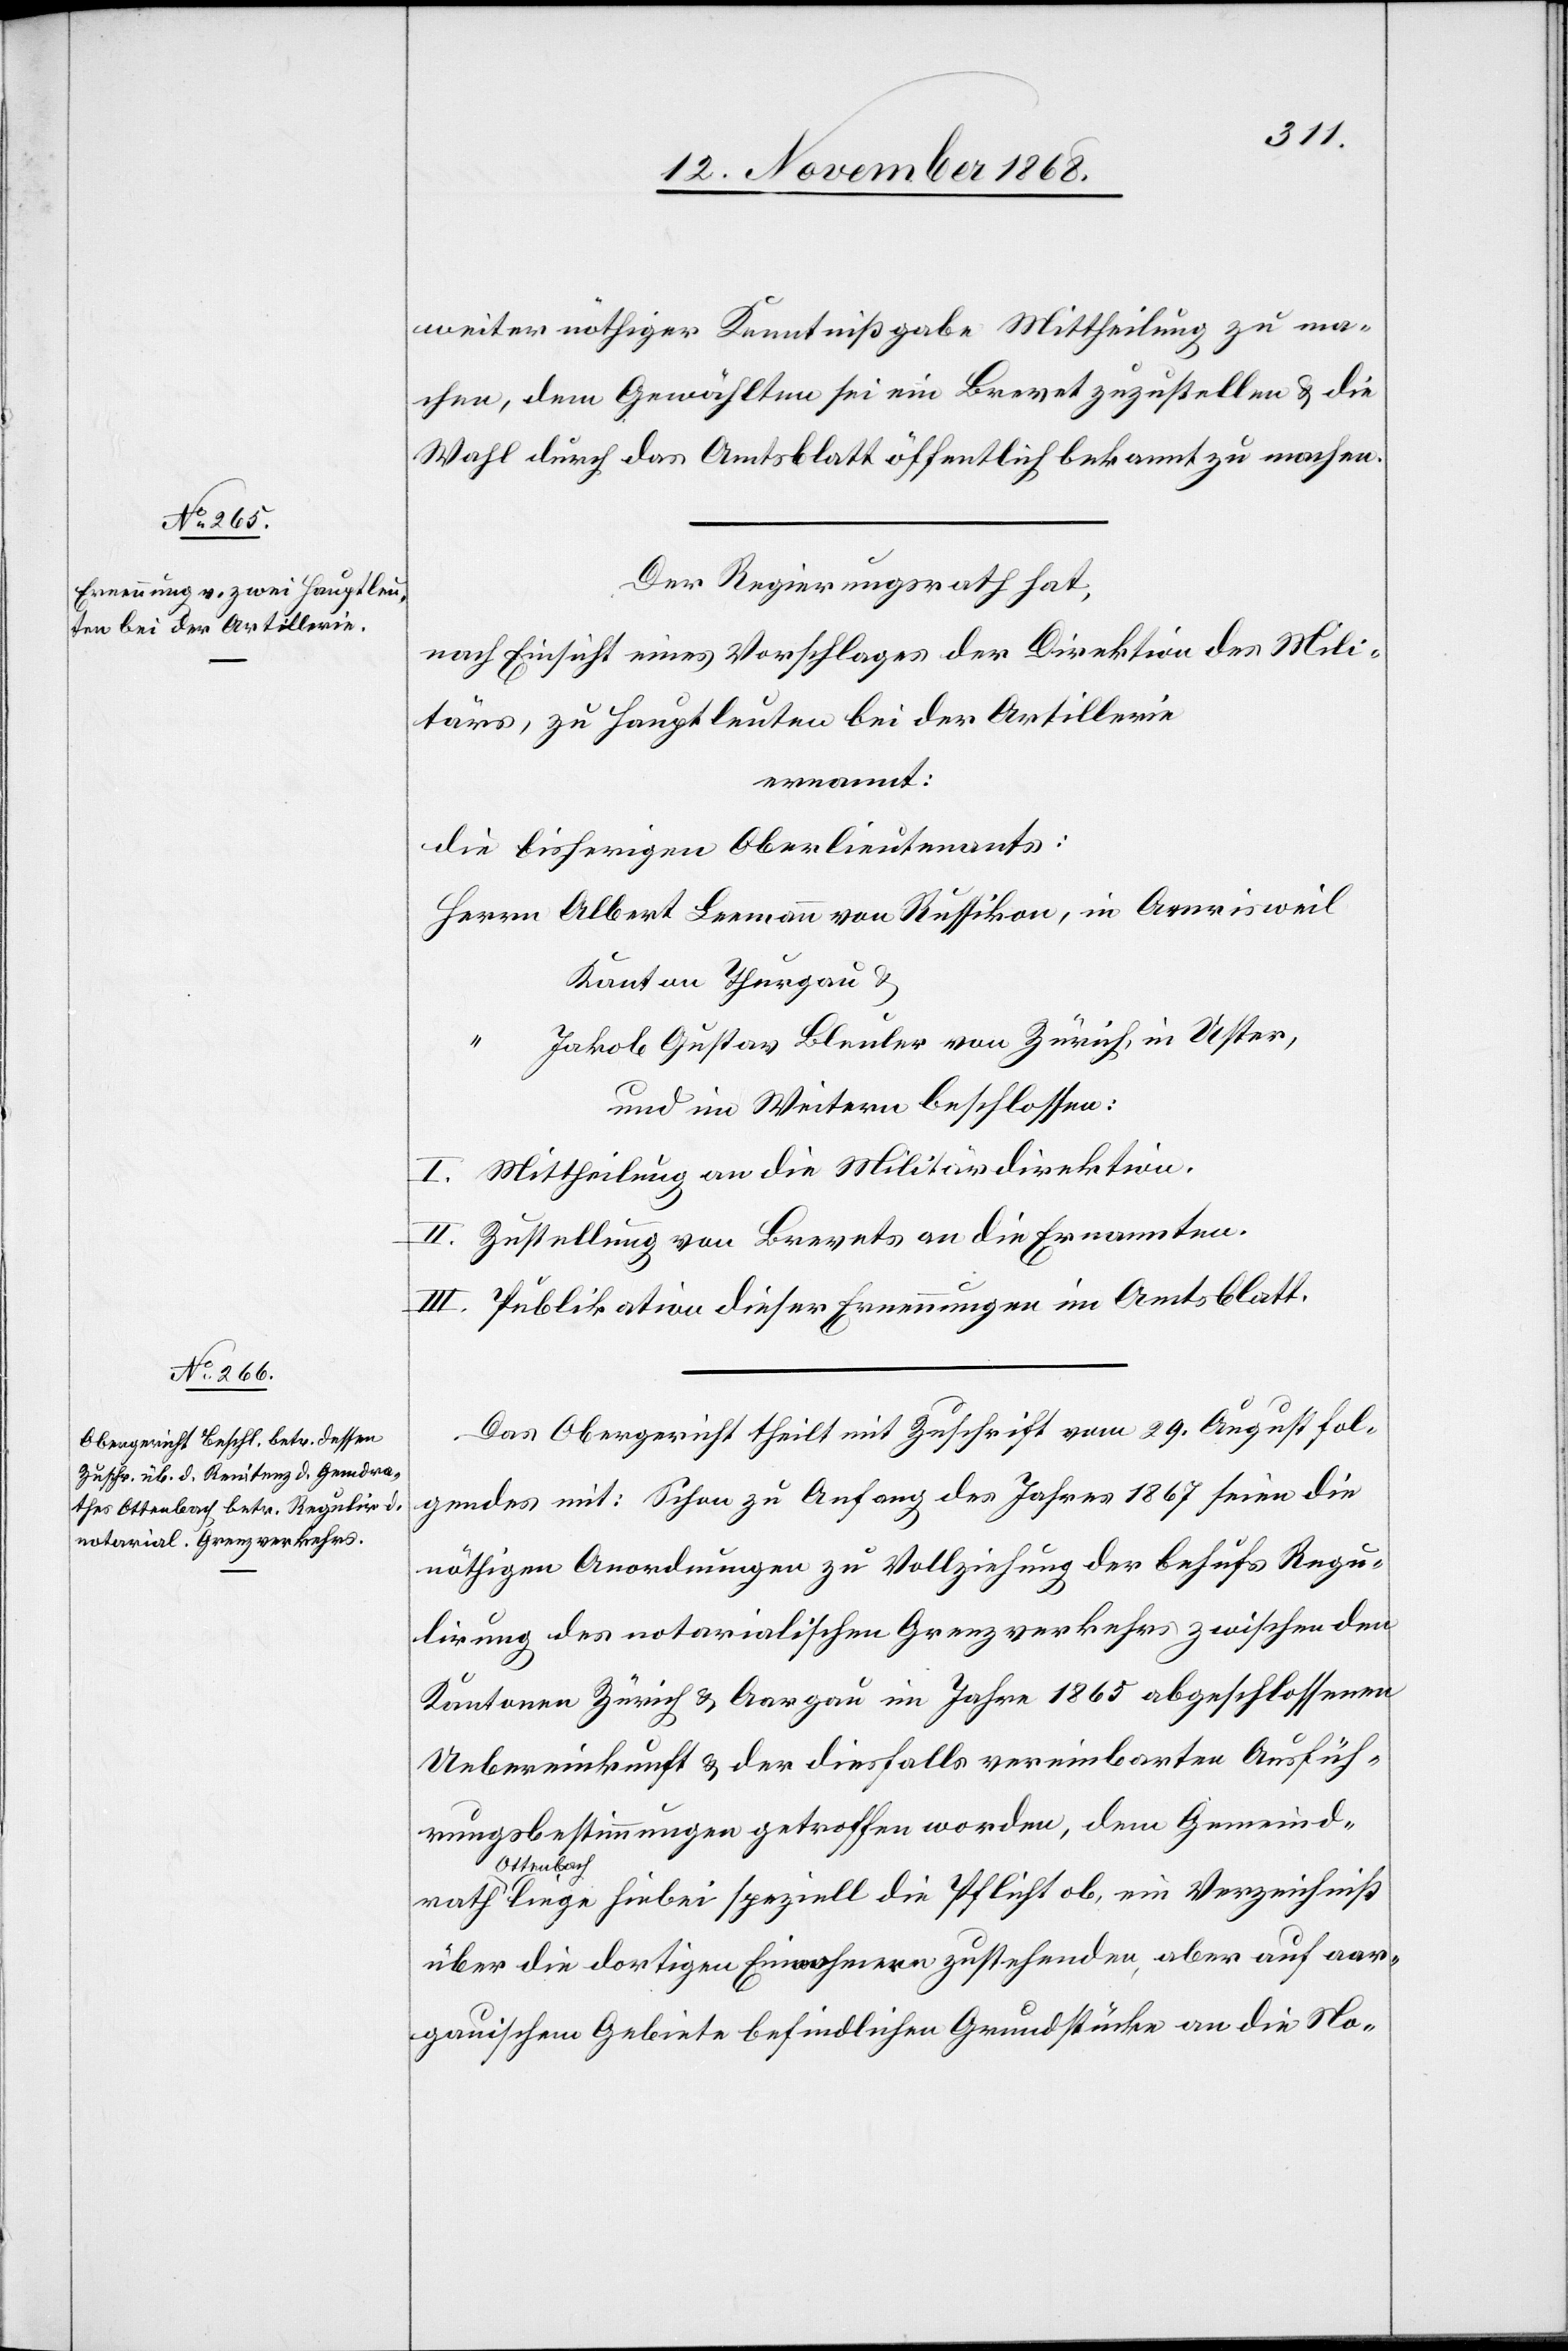
rath
weiter nöthiger Kenntnißgabe Mittheilung zu ma¬
chen, dem Gewählten sei ein Brevet zuzustellen & die
Wahl durch das Amtsblatt öffentlich bekannt zu machen.
Der Regierungsrath hat,
nach Einsicht eines Vorschlages der Direktion des Mili¬
tärs, zu Hauptleuten bei der Artillerie
ernannt:
die bisherigen Oberlieutenants:
Herrn Albert Leemann von Russikon, in Amrisweil
Kanton Thurgau &
“ Jakob Gustav Bleuler von Zürich, in Uster,
und im Weitern beschlossen:
I. Mittheilung an die Militärdirektion.
II. Zustellung von Brevets an die Ernannten.
III. Publikation dieser Ernennungen im Amtsblatt.
Das Obergericht theilt mit Zuschrift vom 29. August fol¬
gendes mit: Schon zu Anfang des Jahres 1867 seien die
nöthigen Anordnungen zu Vollziehung der behufs Regu¬
lirung des notarialischen Grenzverkehrs zwischen den
Kantonen Zürich & Aargau im Jahre 1865 abgeschlossenen
Uebereinkunft & der diesfalls vereinbarten Ausfüh¬
rungsbestimmungen getroffen worden, dem Gemeind¬
Ottenbac¬
h liege hiebei speziell die Pflicht ob, ein Verzeichniß
über die dortigen Einwohnern zustehenden, aber auf aar¬
gauischem Gebiete befindlichen Grundstücke an die No-